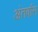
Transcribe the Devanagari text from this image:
अंतर्वास